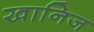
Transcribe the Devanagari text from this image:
खानिज